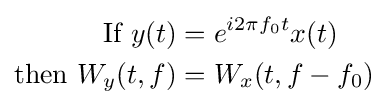
{\begin{aligned}{\text{If }}y(t)&=e^{i2\pi f_{0}t}x(t)\\{\text{then }}W_{y}(t,f)&=W_{x}(t,f-f_{0})\end{aligned}}